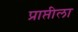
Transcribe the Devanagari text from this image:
प्राप्तीला